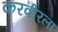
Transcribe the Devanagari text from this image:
करवीरला